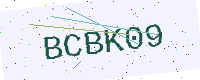
Text: BCBK09